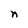
Character: n